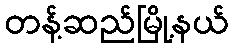
တန့်ဆည်မြို့နယ်